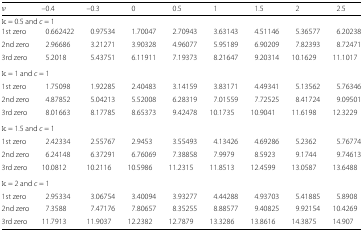
<table><thead><tr><td><b><i>ν</i></b></td><td><b>−0.4</b></td><td><b>−0.3</b></td><td><b>0</b></td><td><b>0.5</b></td><td><b>1</b></td><td><b>1.5</b></td><td><b>2</b></td><td><b>2.5</b></td></tr></thead><tbody><tr><td colspan="9">k = 0.5 and <i>c</i> = 1</td></tr><tr><td>1st zero</td><td>0.662422</td><td>0.97534</td><td>1.70047</td><td>2.70943</td><td>3.63143</td><td>4.51146</td><td>5.36577</td><td>6.20238</td></tr><tr><td>2nd zero</td><td>2.96686</td><td>3.21271</td><td>3.90328</td><td>4.96077</td><td>5.95189</td><td>6.90209</td><td>7.82393</td><td>8.72471</td></tr><tr><td>3rd zero</td><td>5.2018</td><td>5.43751</td><td>6.11911</td><td>7.19373</td><td>8.21647</td><td>9.20314</td><td>10.1629</td><td>11.1017</td></tr><tr><td colspan="9">k = 1 and <i>c</i> = 1</td></tr><tr><td>1st zero</td><td>1.75098</td><td>1.92285</td><td>2.40483</td><td>3.14159</td><td>3.83171</td><td>4.49341</td><td>5.13562</td><td>5.76346</td></tr><tr><td>2nd zero</td><td>4.87852</td><td>5.04213</td><td>5.52008</td><td>6.28319</td><td>7.01559</td><td>7.72525</td><td>8.41724</td><td>9.09501</td></tr><tr><td>3rd zero</td><td>8.01663</td><td>8.17785</td><td>8.65373</td><td>9.42478</td><td>10.1735</td><td>10.9041</td><td>11.6198</td><td>12.3229</td></tr><tr><td colspan="9">k = 1.5 and <i>c</i> = 1</td></tr><tr><td>1st zero</td><td>2.42334</td><td>2.55767</td><td>2.9453</td><td>3.55493</td><td>4.13426</td><td>4.69286</td><td>5.2362</td><td>5.76774</td></tr><tr><td>2nd zero</td><td>6.24148</td><td>6.37291</td><td>6.76069</td><td>7.38858</td><td>7.9979</td><td>8.5923</td><td>9.1744</td><td>9.74613</td></tr><tr><td>3rd zero</td><td>10.0812</td><td>10.2116</td><td>10.5986</td><td>11.2315</td><td>11.8513</td><td>12.4599</td><td>13.0587</td><td>13.6488</td></tr><tr><td colspan="9">k = 2 and <i>c</i> = 1</td></tr><tr><td>1st zero</td><td>2.95334</td><td>3.06754</td><td>3.40094</td><td>3.93277</td><td>4.44288</td><td>4.93703</td><td>5.41885</td><td>5.8908</td></tr><tr><td>2nd zero</td><td>7.3588</td><td>7.47176</td><td>7.80657</td><td>8.35255</td><td>8.88577</td><td>9.40825</td><td>9.92154</td><td>10.4269</td></tr><tr><td>3rd zero</td><td>11.7913</td><td>11.9037</td><td>12.2382</td><td>12.7879</td><td>13.3286</td><td>13.8616</td><td>14.3875</td><td>14.907</td></tr></tbody></table>